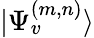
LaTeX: |\Psi_{v}^{(m,n)}\rangle